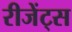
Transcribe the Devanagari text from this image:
रीजेंट्स